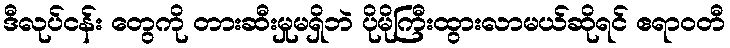
ဒီလုပ်ငန်း တွေကို တားဆီးမှုမရှိဘဲ ပိုမိုကြီးထွားလာမယ်ဆိုရင် ဧရာဝတီ